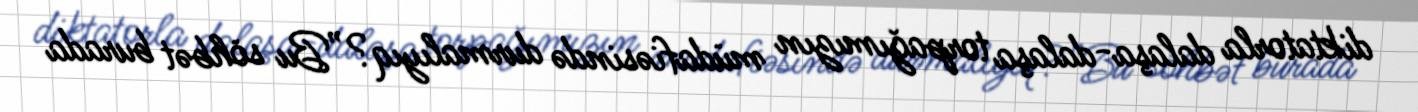
diktatorla dalaşa-dalaşa torpağımızın müdafiəsində durmalıyıq?”Bu söhbət burada